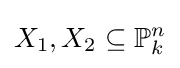
X_{1},X_{2}\subseteq \mathbb {P} _{k}^{n}